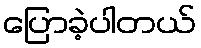
ပြောခဲ့ပါတယ်